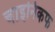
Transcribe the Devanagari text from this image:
चाइनिकफ